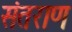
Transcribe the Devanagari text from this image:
संतराण